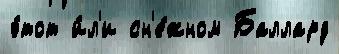
э́тот и́л'и сн'е́жном Баллард